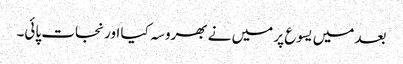
بعد میں یسوع پر میں نے بھروسہ کیا اور نجات پائی۔